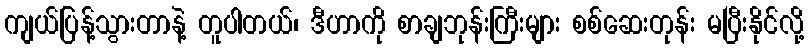
ကျယ်ပြန့်သွားတာနဲ့ တူပါတယ်၊ ဒီဟာကို စာချဘုန်းကြီးများ စစ်ဆေးတုန်း မပြီးနိုင်လို့